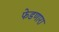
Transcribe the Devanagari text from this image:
फेडणारा